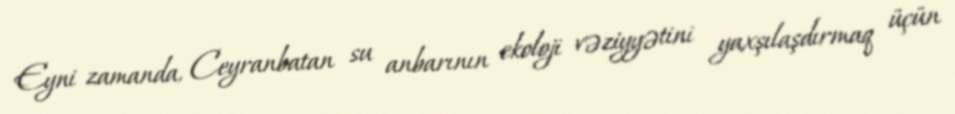
Eyni zamanda, Ceyranbatan su anbarının ekoloji vəziyyətini yaxşılaşdırmaq üçün